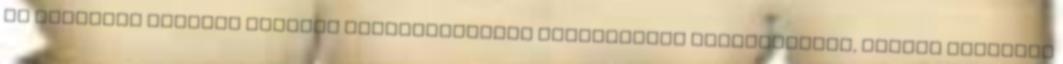
az Oktatási Hivatal Kutatói adatbázisainak elemzésével megvizsgálja, milyen tényezők